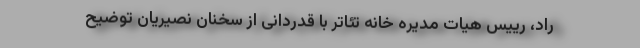
راد، رییس هیات مدیره خانه تئاتر با قدردانی از سخنان نصیریان توضیح